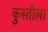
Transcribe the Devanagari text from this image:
कुस्तीला